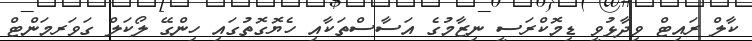
ކާލް ރައިޓް ވިދާޅުވީ ޑިމޮކްރަސީ ނިޒާމުގެ އަސާސްތަކާއި ހެޔޮގޮތުގައި ހިންގޭ ލޯކަލް ގަވަރމަންޓް